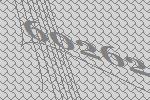
60262